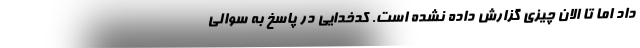
داد اما تا الان چیزی گزارش داده نشده است. کدخدایی در پاسخ به سوالی